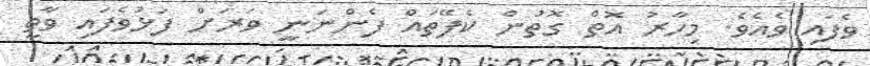
ވެފައި ވެއެވެ. މިހާރު އޮތް ގޮތުން ކެފޭތައް ފެންނަނީ ވަރަށް ފަޅުވެފައި ވާތީ